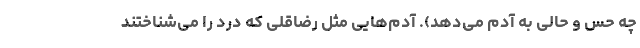
چه حس و حالی به آدم می‌دهد). آدم‌هایی مثل رضا‌قلی که درد را می‌شناختند